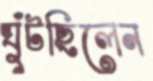
ঘুঁটছিলেন